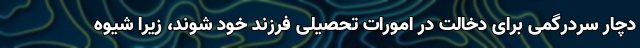
دچار سردرگمی برای دخالت در امورات تحصیلی فرزند خود شوند، زیرا شیوه